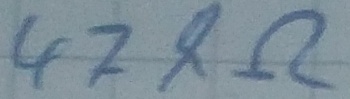
Text: 47kΩ